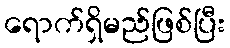
ရောက်ရှိမည်ဖြစ်ပြီး